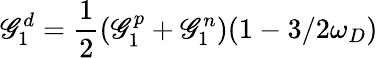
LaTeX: \mathscr{G}_{1}^{d}={\frac{{1}}{{2}}}(\mathscr{G}_{1}^{p}+\mathscr{G}_{1}^{n})(1-3/2\omega_{D})